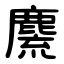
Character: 麍